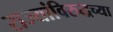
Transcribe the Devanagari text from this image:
राज्यांविरुद्धच्या